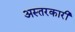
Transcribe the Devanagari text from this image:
अस्तरकारी